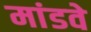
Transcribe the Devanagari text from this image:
मांडवे